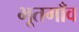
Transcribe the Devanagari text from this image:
भूतगाँव